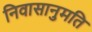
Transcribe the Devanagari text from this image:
निवासानुमति